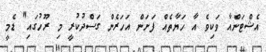
އެޝްޓަންއާ ވަކިވެ އާ ހަޔާތެއް ފަށަން އަހަރެން ގަސްދުކުރީ މި ރޫހުގައި" ޑެމީ